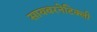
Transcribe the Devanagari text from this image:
सायबरनेटिक्ली